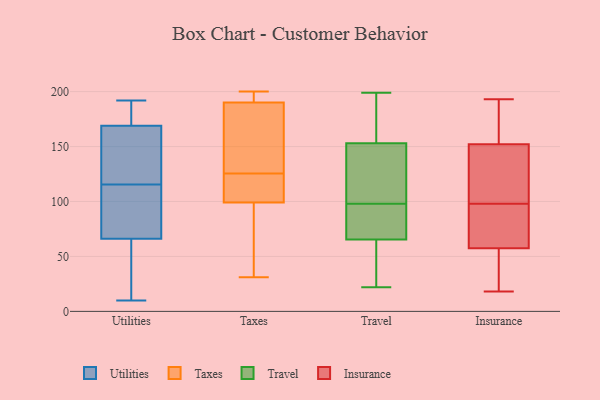
{"axis": {"x": "Operating Costs (USD K)", "y": "Value"}, "legend": ["Insurance", "Taxes", "Travel", "Utilities"], "data": [{"x": "", "y": 172, "type": "Utilities"}, {"x": "", "y": 153, "type": "Utilities"}, {"x": "", "y": 169, "type": "Utilities"}, {"x": "", "y": 67, "type": "Utilities"}, {"x": "", "y": 58, "type": "Utilities"}, {"x": "", "y": 108, "type": "Utilities"}, {"x": "", "y": 33, "type": "Utilities"}, {"x": "", "y": 192, "type": "Utilities"}, {"x": "", "y": 10, "type": "Utilities"}, {"x": "", "y": 173, "type": "Utilities"}, {"x": "", "y": 123, "type": "Utilities"}, {"x": "", "y": 82, "type": "Utilities"}, {"x": "", "y": 150, "type": "Utilities"}, {"x": "", "y": 66, "type": "Utilities"}, {"x": "", "y": 188, "type": "Utilities"}, {"x": "", "y": 36, "type": "Utilities"}, {"x": "", "y": 150, "type": "Utilities"}, {"x": "", "y": 99, "type": "Utilities"}, {"x": "", "y": 184, "type": "Taxes"}, {"x": "", "y": 31, "type": "Taxes"}, {"x": "", "y": 126, "type": "Taxes"}, {"x": "", "y": 109, "type": "Taxes"}, {"x": "", "y": 85, "type": "Taxes"}, {"x": "", "y": 193, "type": "Taxes"}, {"x": "", "y": 198, "type": "Taxes"}, {"x": "", "y": 190, "type": "Taxes"}, {"x": "", "y": 125, "type": "Taxes"}, {"x": "", "y": 200, "type": "Taxes"}, {"x": "", "y": 190, "type": "Taxes"}, {"x": "", "y": 123, "type": "Taxes"}, {"x": "", "y": 99, "type": "Taxes"}, {"x": "", "y": 40, "type": "Taxes"}, {"x": "", "y": 30, "type": "Travel"}, {"x": "", "y": 99, "type": "Travel"}, {"x": "", "y": 181, "type": "Travel"}, {"x": "", "y": 199, "type": "Travel"}, {"x": "", "y": 57, "type": "Travel"}, {"x": "", "y": 121, "type": "Travel"}, {"x": "", "y": 126, "type": "Travel"}, {"x": "", "y": 94, "type": "Travel"}, {"x": "", "y": 59, "type": "Travel"}, {"x": "", "y": 72, "type": "Travel"}, {"x": "", "y": 92, "type": "Travel"}, {"x": "", "y": 131, "type": "Travel"}, {"x": "", "y": 53, "type": "Travel"}, {"x": "", "y": 196, "type": "Travel"}, {"x": "", "y": 97, "type": "Travel"}, {"x": "", "y": 169, "type": "Travel"}, {"x": "", "y": 137, "type": "Travel"}, {"x": "", "y": 22, "type": "Travel"}, {"x": "", "y": 79, "type": "Travel"}, {"x": "", "y": 172, "type": "Travel"}, {"x": "", "y": 168, "type": "Insurance"}, {"x": "", "y": 163, "type": "Insurance"}, {"x": "", "y": 101, "type": "Insurance"}, {"x": "", "y": 73, "type": "Insurance"}, {"x": "", "y": 120, "type": "Insurance"}, {"x": "", "y": 35, "type": "Insurance"}, {"x": "", "y": 58, "type": "Insurance"}, {"x": "", "y": 187, "type": "Insurance"}, {"x": "", "y": 134, "type": "Insurance"}, {"x": "", "y": 193, "type": "Insurance"}, {"x": "", "y": 160, "type": "Insurance"}, {"x": "", "y": 95, "type": "Insurance"}, {"x": "", "y": 57, "type": "Insurance"}, {"x": "", "y": 48, "type": "Insurance"}, {"x": "", "y": 18, "type": "Insurance"}, {"x": "", "y": 84, "type": "Insurance"}, {"x": "", "y": 93, "type": "Insurance"}, {"x": "", "y": 144, "type": "Insurance"}, {"x": "", "y": 143, "type": "Insurance"}, {"x": "", "y": 55, "type": "Insurance"}]}